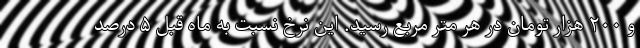
و ۲۰۰ هزار تومان در هر متر مربع رسید. این نرخ نسبت به ماه قبل ۵ درصد